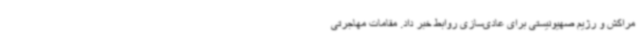
مراکش و رژیم صهیونیستی برای عادی‌سازی روابط خبر داد. مقامات مهاجرتی